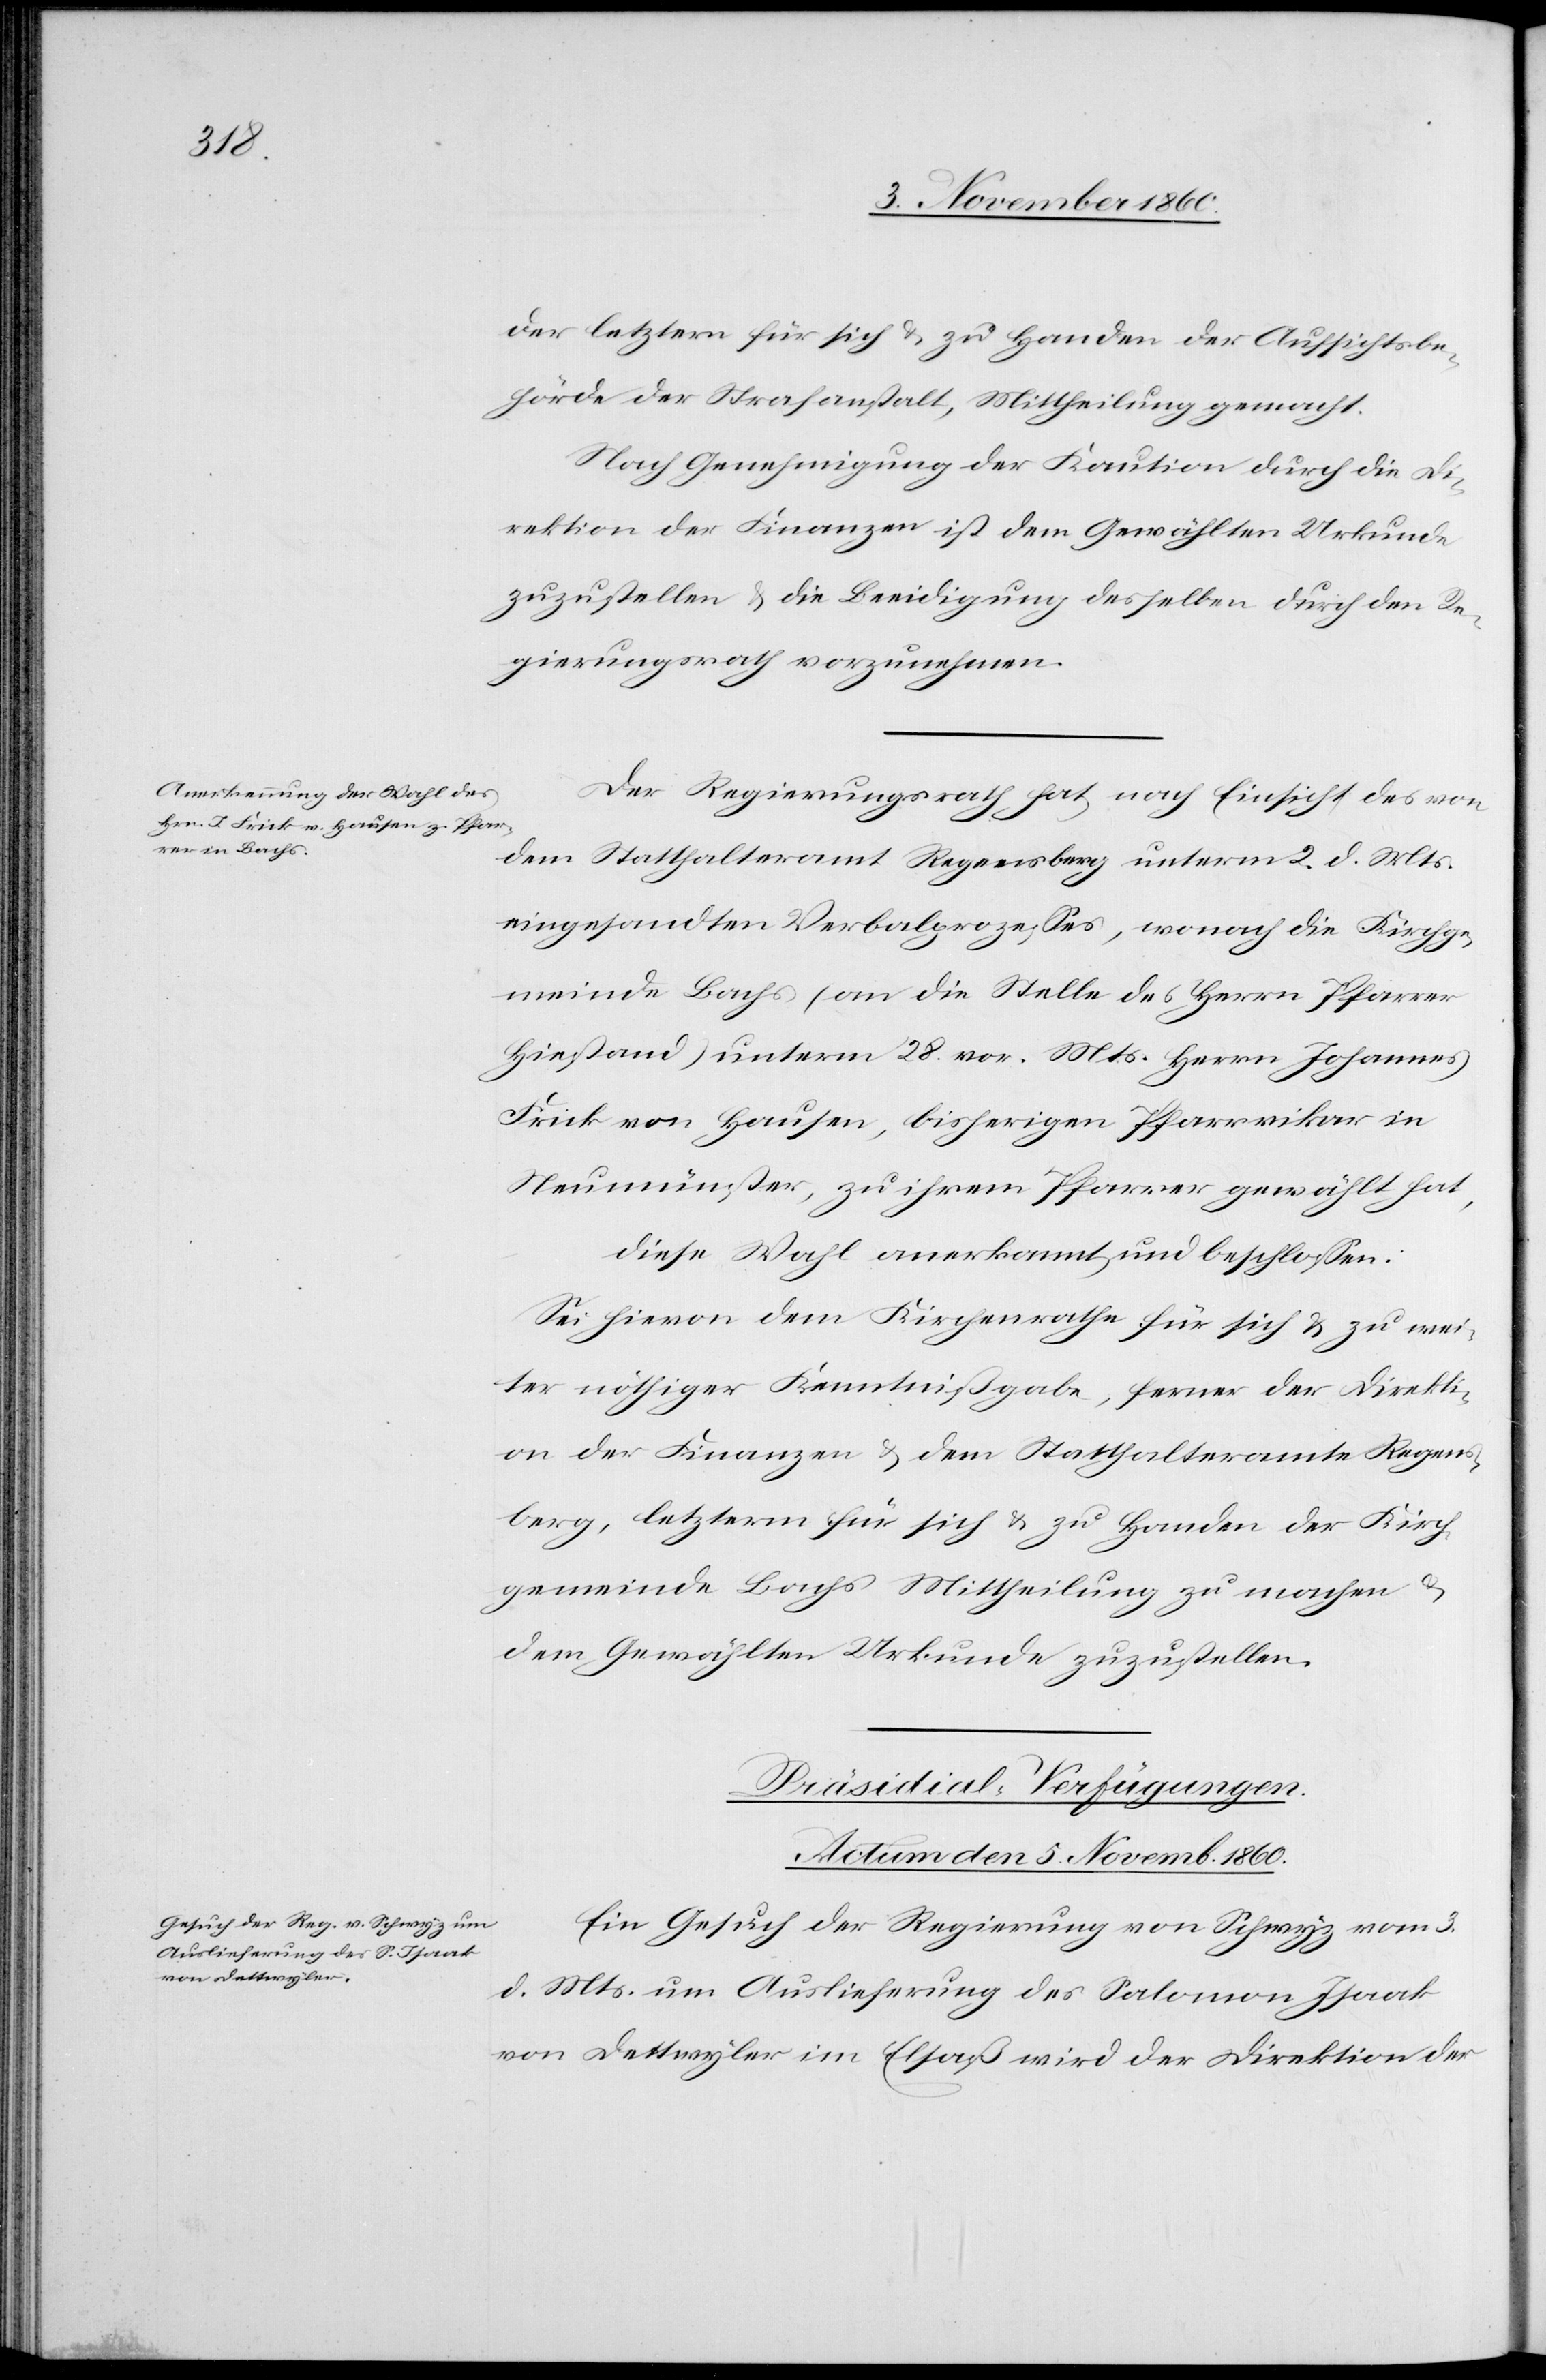
der letztern für sich u. zu Handen der Aufsichtsbe¬
hörde der Strafanstalt, Mittheilung gemacht.
Nach Genehmigung der Kaution durch die Di¬
rektion der Finanzen ist dem Gewählten Urkunde
zuzustellen u. die Beeidigung desselben durch den Re¬
gierungsrath vorzunehmen.
Der Regierungsrath hat nach Einsicht des von
dem Statthalteramt Regensberg unterm 2. d. Mts.
eingesandten Verbalprozesses, wonach die Kirchge¬
meinde Bachs (an die Stelle des Herrn Pfarrer
Hiestand) unterm 28. vor. Mts. Herrn Johannes
Frick von Hausen, bisherigen Pfarrvikar in
Neumünster, zu ihrem Pfarrer gewählt hat,
diese Wahl anerkannt und beschlossen:
Sei hievon dem Kirchenrathe für sich u. zu wei¬
ter nöthiger Kenntnißgabe, ferner der Direkti¬
on der Finanzen u. dem Statthalteramte Regens¬
berg, letzterm für sich u. zu Handen der Kirch¬
gemeinde Bachs Mittheilung zu machen u.
dem Gewählten Urkunde zuzustellen.
Präsidial-Verfügungen.
Actum den 5. Novemb. 1860.
Ein Gesuch der Regierung von Schwyz vom 3.
d. Mts. um Auslieferung des Salomon Isaak
von Dettwyler im Elsaß wird der Direktion der